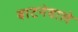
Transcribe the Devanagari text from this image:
बाटनेवाले